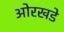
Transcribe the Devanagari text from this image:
ओरखडे